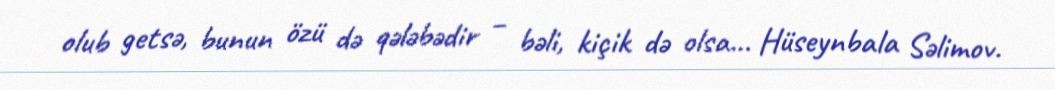
olub getsə, bunun özü də qələbədir – bəli, kiçik də olsa... Hüseynbala Səlimov.